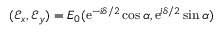
( { \mathcal E } _ { x } , { \mathcal E } _ { y } ) = E _ { 0 } ( \mathrm { e } ^ { - i \delta / 2 } \cos \alpha , \mathrm { e } ^ { i \delta / 2 } \sin \alpha )